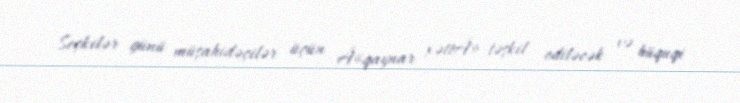
Seçkilər günü müşahidəçilər üçün Â«qaynar xəttÂ» təşkil ediləcək və hüquqi